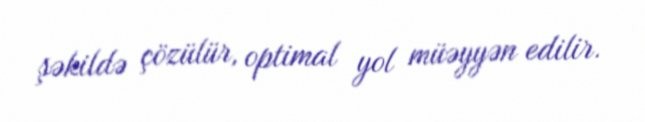
şəkildə çözülür, optimal yol müəyyən edilir.